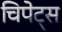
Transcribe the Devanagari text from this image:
चिपेट्स